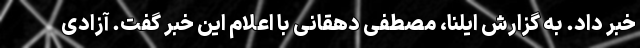
خبر داد. به گزارش ایلنا، مصطفی دهقانی با اعلام این خبر گفت. آزادی